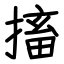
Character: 搐